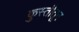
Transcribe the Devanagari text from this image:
कुस्तीतून